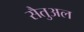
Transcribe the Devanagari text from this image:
सैतुअल